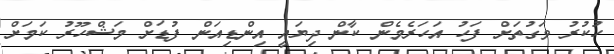
ހުކުރު ވަގުތަށް ފަހު އަހަރެމެން ކާން ދިޔައީ އިންޑިއަން ފުޑަށް މަޝްހޫރު ކަމަށް